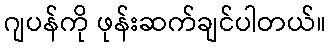
ဂျပန်ကို ဖုန်းဆက်ချင်ပါတယ်။